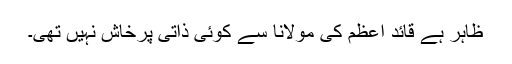
ظاہر ہے قائد اعظم کی مولانا سے کوئی ذاتی پرخاش نہیں تھی۔